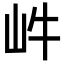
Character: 𡵜